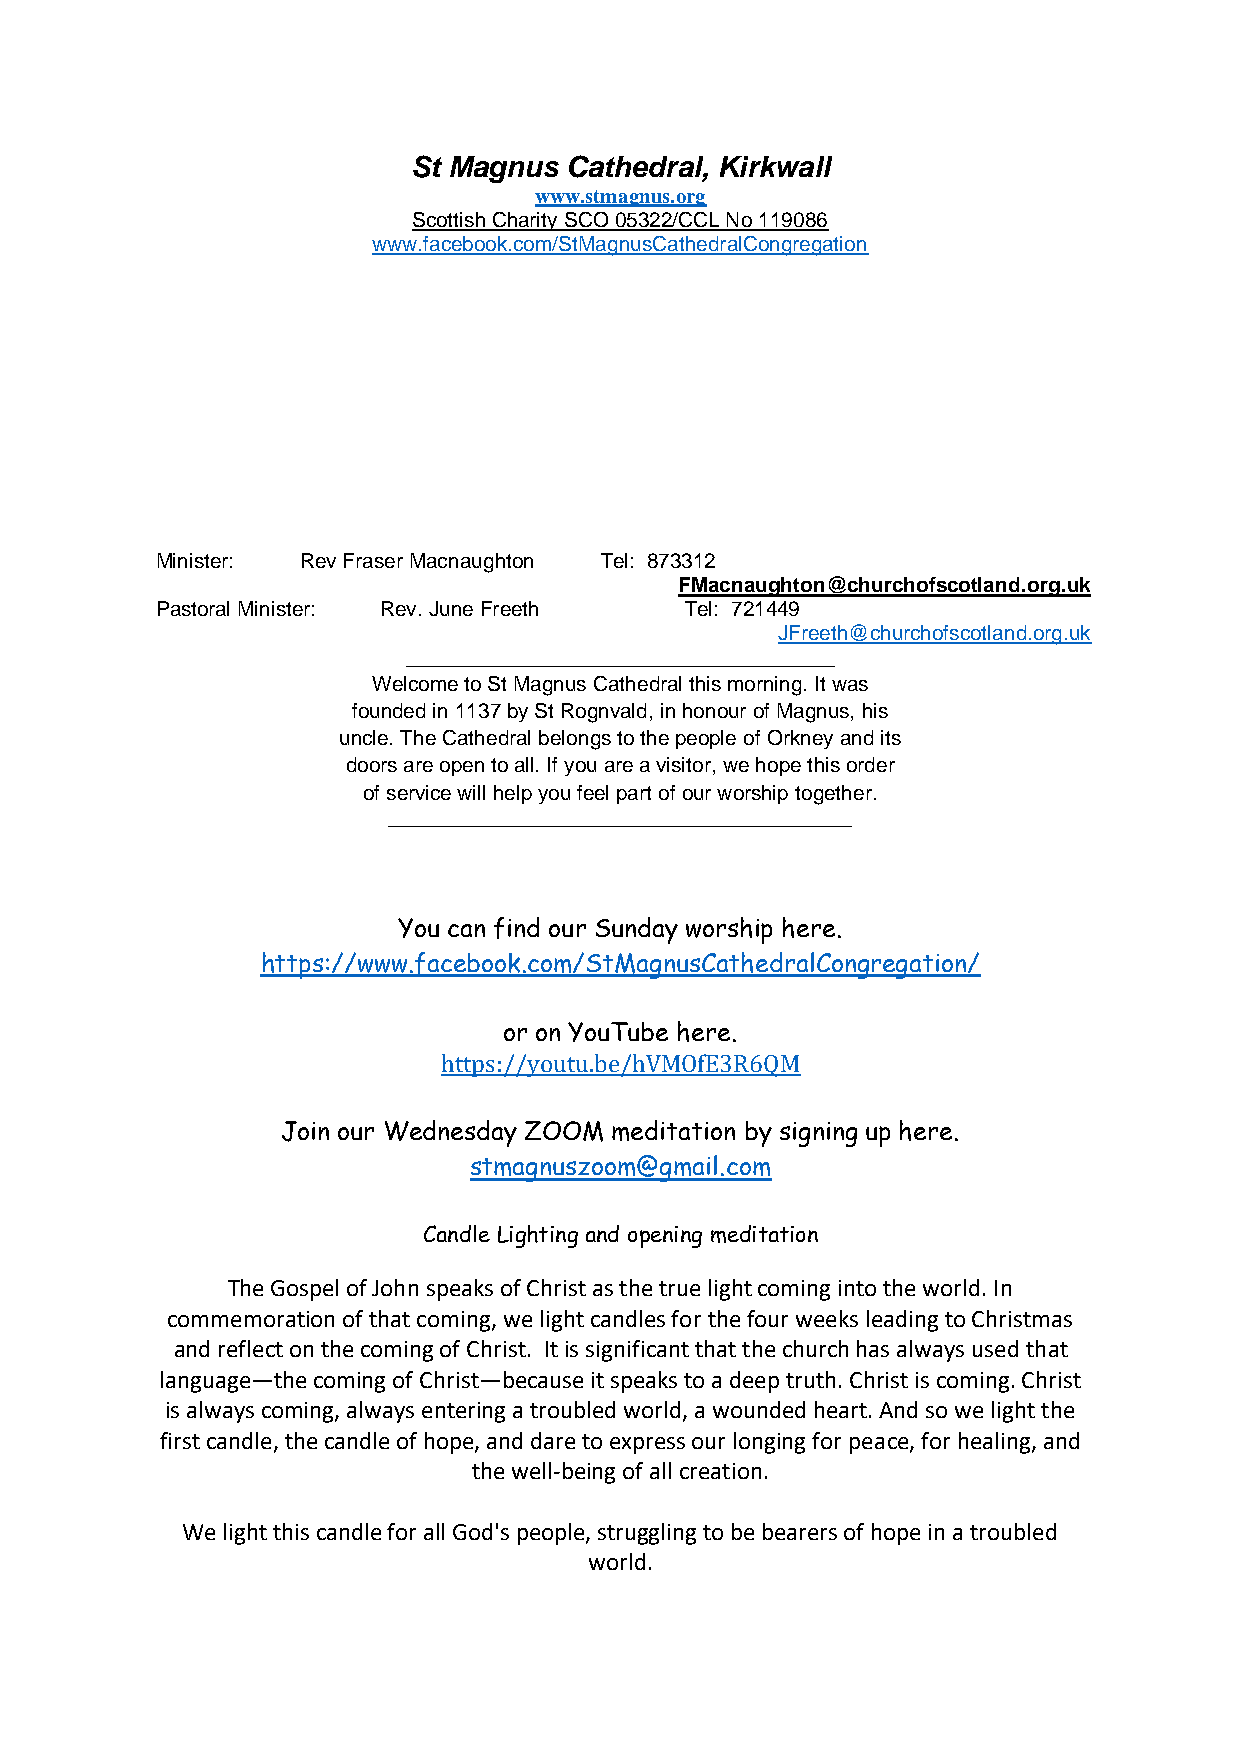
St Magnus Cathedral, Kirkwall
 www.stmagnus.org
 Scottish Charity SCO 05322/CCL No 119086
 www.facebook.com/StMagnusCathedralCongregation
 Minister: Rev Fraser Macnaughton Tel: 873312
 FMacnaughton@churchofscotland.org.uk
 Pastoral Minister: Rev. June Freeth Tel: 721449
 JFreeth@churchofscotland.org.uk
 _____________________________________
 Welcome to St Magnus Cathedral this morning. It was
 founded in 1137 by St Rognvald, in honour of Magnus, his
 uncle. The Cathedral belongs to the people of Orkney and its
 doors are open to all. If you are a visitor, we hope this order
 of service will help you feel part of our worship together.
 ________________________________________
 You can find our Sunday worship here.
 https://www.facebook.com/StMagnusCathedralCongregation/
 or on YouTube here.
 https://youtu.be/hVMOfE3R6QM
 Join our Wednesday ZOOM meditation by signing up here.
 stmagnuszoom@gmail.com
 Candle Lighting and opening meditation
 The Gospel of John speaks of Christ as the true light coming into the world. In
 commemoration of that coming, we light candles for the four weeks leading to Christmas
 and reflect on the coming of Christ. It is significant that the church has always used that
 language—the coming of Christ—because it speaks to a deep truth. Christ is coming. Christ
 is always coming, always entering a troubled world, a wounded heart. And so we light the
 first candle, the candle of hope, and dare to express our longing for peace, for healing, and
 the well-being of all creation.
 We light this candle for all God's people, struggling to be bearers of hope in a troubled
 world.